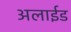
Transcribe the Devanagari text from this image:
अलाईड